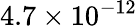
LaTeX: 4.7\times 10^{-12}